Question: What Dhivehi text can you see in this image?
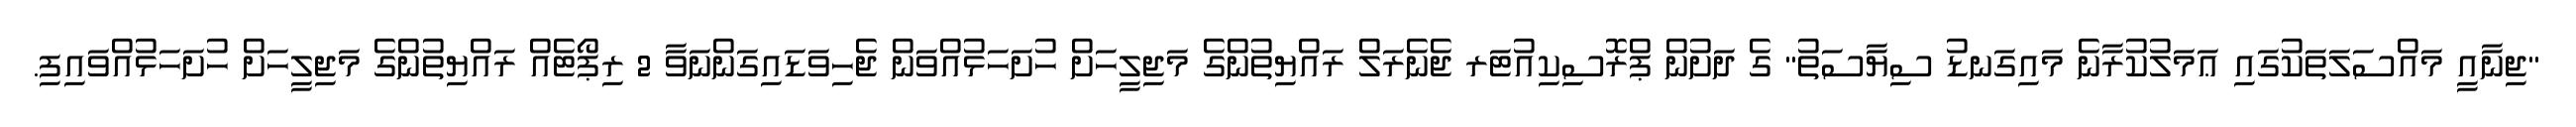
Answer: "ޖިނާއީ މައްސަލަތަކުގައި ޢަމަލުކުރާނެ މައިގަނޑު ސިޔާސަތު" ގެ ދަށުން ޕްރޮސިކިއުޓަރ ޖެނެރަލް ރައްޔިތުންގެ މަޖިލީހަށް ހުށަހަޅުއްވަން ޖެހިވަޑައިގަންނަވާ 2 ރިޕޯޓެއް ރައްޔިތުންގެ މަޖިލީހަށް ހުށަހަޅުއްވައިފި.